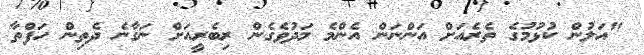
"އަލުން ކުޅުމުގެ ތެރެއަށް އަންނަން އެންމެ މަދުވެގެން ރިބެރީއަށް ނަގާނެ ދެތިން ހަފްތާ